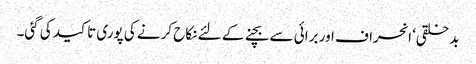
بدخلقی‘ انحراف اور برائی سے بچنے کے لئے نکاح کرنے کی پوری تاکید کی گئی۔